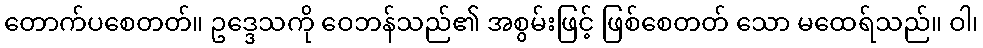
တောက်ပစေတတ်။ ဥဒ္ဒေသကို ဝေဘန်သည်၏ အစွမ်းဖြင့် ဖြစ်စေတတ် သော မထေရ်သည်။ ဝါ၊